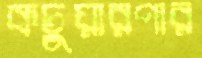
কচুয়ারপার